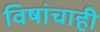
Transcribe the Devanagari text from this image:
विषांचाही